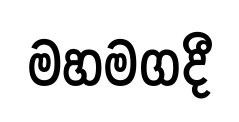
මහමගදී